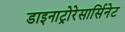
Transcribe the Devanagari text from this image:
डाइनाट्रोरेसार्सिनेट